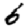
Digit: 6